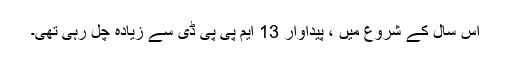
اس سال کے شروع میں ، پیداوار 13 ایم پی پی ڈی سے زیادہ چل رہی تھی۔